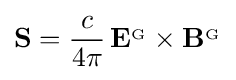
\mathbf {S} ={\frac {c}{4\pi }}\,\mathbf {E} ^{_{\mathrm {G} }}\times \mathbf {B} ^{_{\mathrm {G} }}